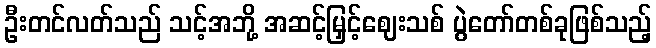
ဦးတင်လတ်သည် သင့်အဘို့ အဆင့်မြှင့်ဈေးသစ် ပွဲတော်တစ်ခုဖြစ်သည့်